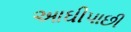
આઘીપાછી